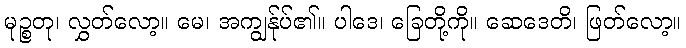
မုဉ္စတု၊ လွှတ်လော့။ မေ၊ အကျွန်ုပ်၏။ ပါဒေ၊ ခြေတို့ကို။ ဆေဒေတိ၊ ဖြတ်လော့။